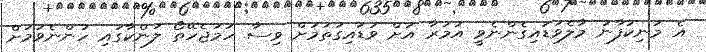
އެ މަނިކުފާނު މާލެވަޑައިގެންނެވީ އުމުރާ އަށް ވަޑައިގަތުމަށް ވިސާ ހަމަޖެހޭތޯ ލަންކާގައި ހުންނެވުމަށް